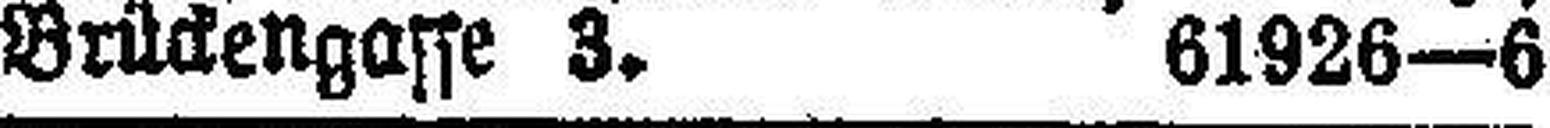
Brückengasse 3. 61926—6